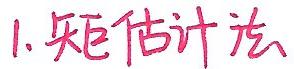
1. 矩估计法